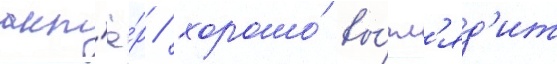
акт'ё́р / хорошо́ вы́гл'яд'ит